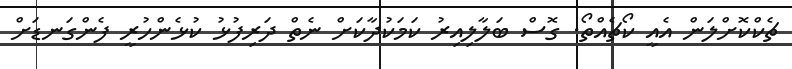
ޗެކްކޮށްލަން އެއީ ކޯޗެއްތޯ. ގޮސް ބަލާލިއިރު ކަމަކުދާކަށް ނެތް ދަރިފުޅު ކުޅެންހުރީ ފެންގަނޑަށް